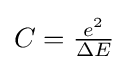
C={\tfrac {e^{2}}{\Delta E}}